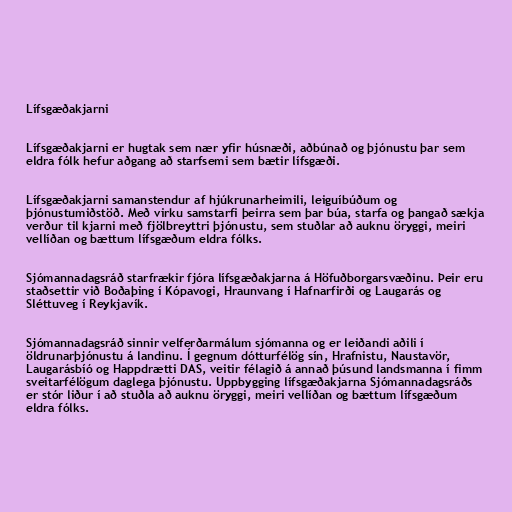
Lífsgæðakjarni

Lífsgæðakjarni er hugtak sem nær yfir húsnæði, aðbúnað og þjónustu þar sem
eldra fólk hefur aðgang að starfsemi sem bætir lífsgæði.

Lífsgæðakjarni samanstendur af hjúkrunarheimili, leiguíbúðum og
þjónustumiðstöð. Með virku samstarfi þeirra sem þar búa, starfa og þangað sækja
verður til kjarni með fjölbreyttri þjónustu, sem stuðlar að auknu öryggi, meiri
vellíðan og bættum lífsgæðum eldra fólks.

Sjómannadagsráð starfrækir fjóra lífsgæðakjarna á Höfuðborgarsvæðinu. Þeir eru
staðsettir við Boðaþing í Kópavogi, Hraunvang í Hafnarfirði og Laugarás og
Sléttuveg í Reykjavík.

Sjómannadagsráð sinnir velferðarmálum sjómanna og er leiðandi aðili í
öldrunarþjónustu á landinu. Í gegnum dótturfélög sín, Hrafnistu, Naustavör,
Laugarásbíó og Happdrætti DAS, veitir félagið á annað þúsund landsmanna í fimm
sveitarfélögum daglega þjónustu. Uppbygging lífsgæðakjarna Sjómannadagsráðs
er stór liður í að stuðla að auknu öryggi, meiri vellíðan og bættum lífsgæðum
eldra fólks.